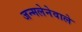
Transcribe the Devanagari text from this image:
जन्मलेनेवाले